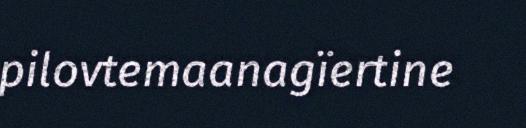
pilovtemaanagïertine